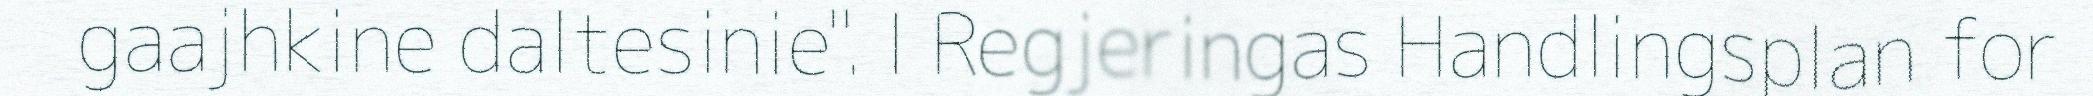
gaajhkine daltesinie". I Regjeringas Handlingsplan for